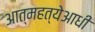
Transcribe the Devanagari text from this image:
आत्महत्येआधी